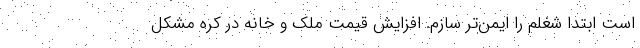
است ابتدا شغلم را ایمن‌تر سازم. افزایش قیمت ملک و خانه در کره مشکل